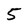
Character: 5